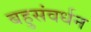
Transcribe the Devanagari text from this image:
बहुसंवर्धन